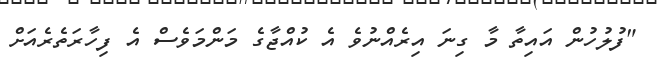
"ފުލުހުން އައިތާ މާ ގިނަ އިރެއްނުވެ އެ ކުއްޖާގެ މަންމަވެސް އެ ފިހާރަތެރެއަށް